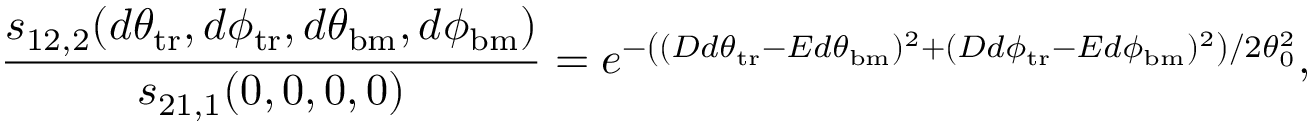
\frac { s _ { 1 2 , 2 } ( d \theta _ { \mathrm { t r } } , d \phi _ { \mathrm { t r } } , d \theta _ { \mathrm { b m } } , d \phi _ { \mathrm { b m } } ) } { s _ { 2 1 , 1 } ( 0 , 0 , 0 , 0 ) } = e ^ { - \left( ( D d \theta _ { \mathrm { t r } } - E d \theta _ { \mathrm { b m } } ) ^ { 2 } + ( D d \phi _ { \mathrm { t r } } - E d \phi _ { \mathrm { b m } } ) ^ { 2 } \right) / 2 \theta _ { 0 } ^ { 2 } } ,